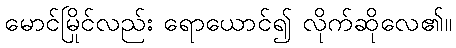
မောင်မြိုင်လည်း ရောယောင်၍ လိုက်ဆိုလေ၏။